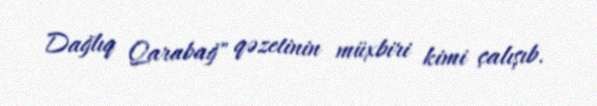
Dağlıq Qarabağ" qəzetinin müxbiri kimi çalışıb.